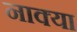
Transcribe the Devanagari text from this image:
नाक्या